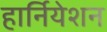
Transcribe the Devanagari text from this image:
हार्नियेशन